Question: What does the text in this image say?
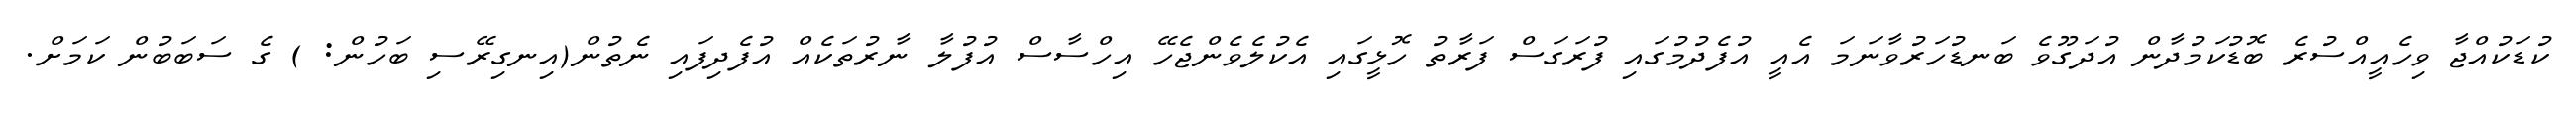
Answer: ކުޑަކުއްޖާ ވިހެއީއްސުރެ ބޮޑުކަމުދާން އުދަގޫވެ ބަނޑުހަރުވާނަމަ އެއީ އުފެދުމުގައި ފުރަގަސް ފަރާތު ހޮޅީގައި އެކުލެވެންޖެހޭ އިހްސާސް އުފުލާ ނާރުތަކެއް އުފެދިފައި ނެތުން(އިނގިރޭސި ބަހުން: ) ގެ ސަބަބުން ކަމަށް.